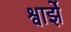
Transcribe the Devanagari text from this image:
श्वार्झे